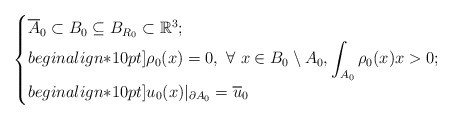
\begin{align*} \begin{cases}\displaystyle\overline{A}_0 \subset B_0 \subseteq B_{R_0} \subset \mathbb{R}^3; \\begin{align*}10pt]\displaystyle\rho_0(x)=0,\ \forall \ x\in B_0 \setminus A_0, \int_{A_0} \rho_0(x) x>0; \\begin{align*}10pt]\displaystyle u_0(x)|_{\partial A_0}=\overline{u}_0\end{cases}\end{align*}